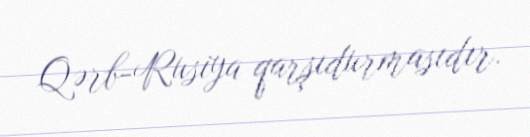
Qərb-Rusiya qarşıdurmasıdır.